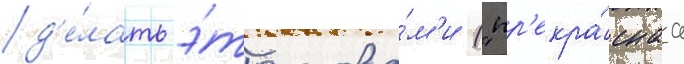
д'е́лать э́то слова́м'и ("пр'екра́снаа